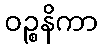
ဝဉ္စနိကာ